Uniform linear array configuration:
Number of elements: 16
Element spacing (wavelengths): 0.25
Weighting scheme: hann
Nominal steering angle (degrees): -45
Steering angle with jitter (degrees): -44.393
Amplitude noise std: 0.05
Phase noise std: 0.05

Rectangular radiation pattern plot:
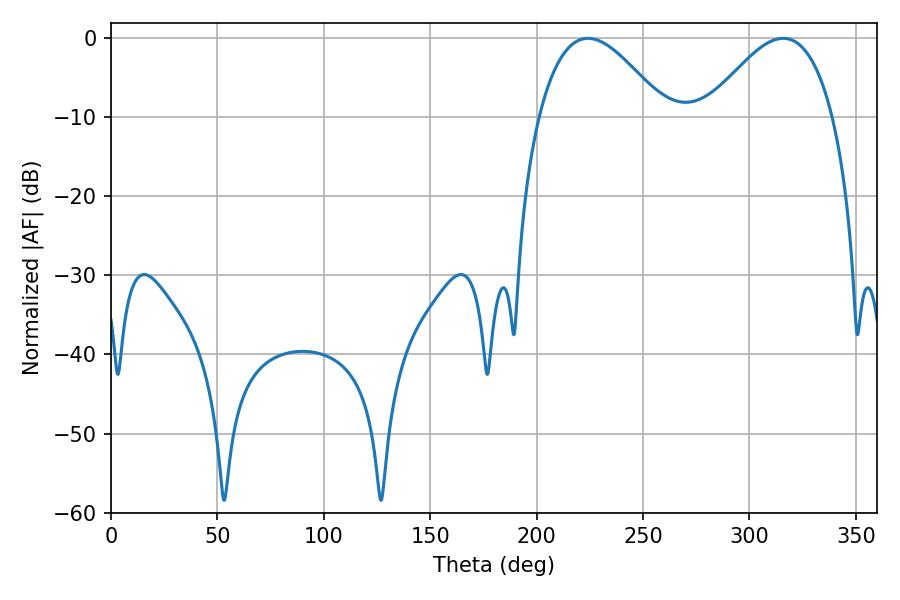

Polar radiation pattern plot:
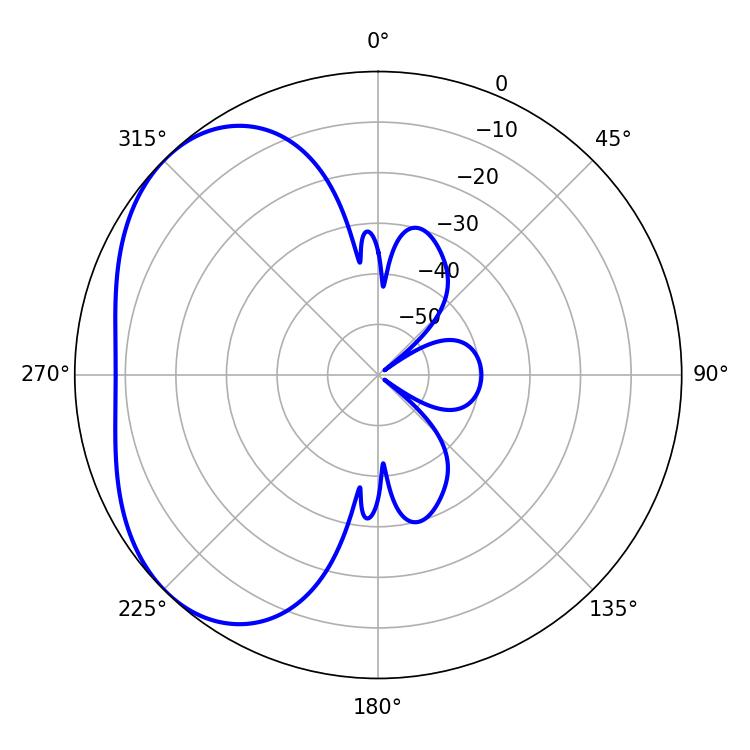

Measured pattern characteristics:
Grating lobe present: FALSE
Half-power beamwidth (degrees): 32.04
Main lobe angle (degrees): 224.1